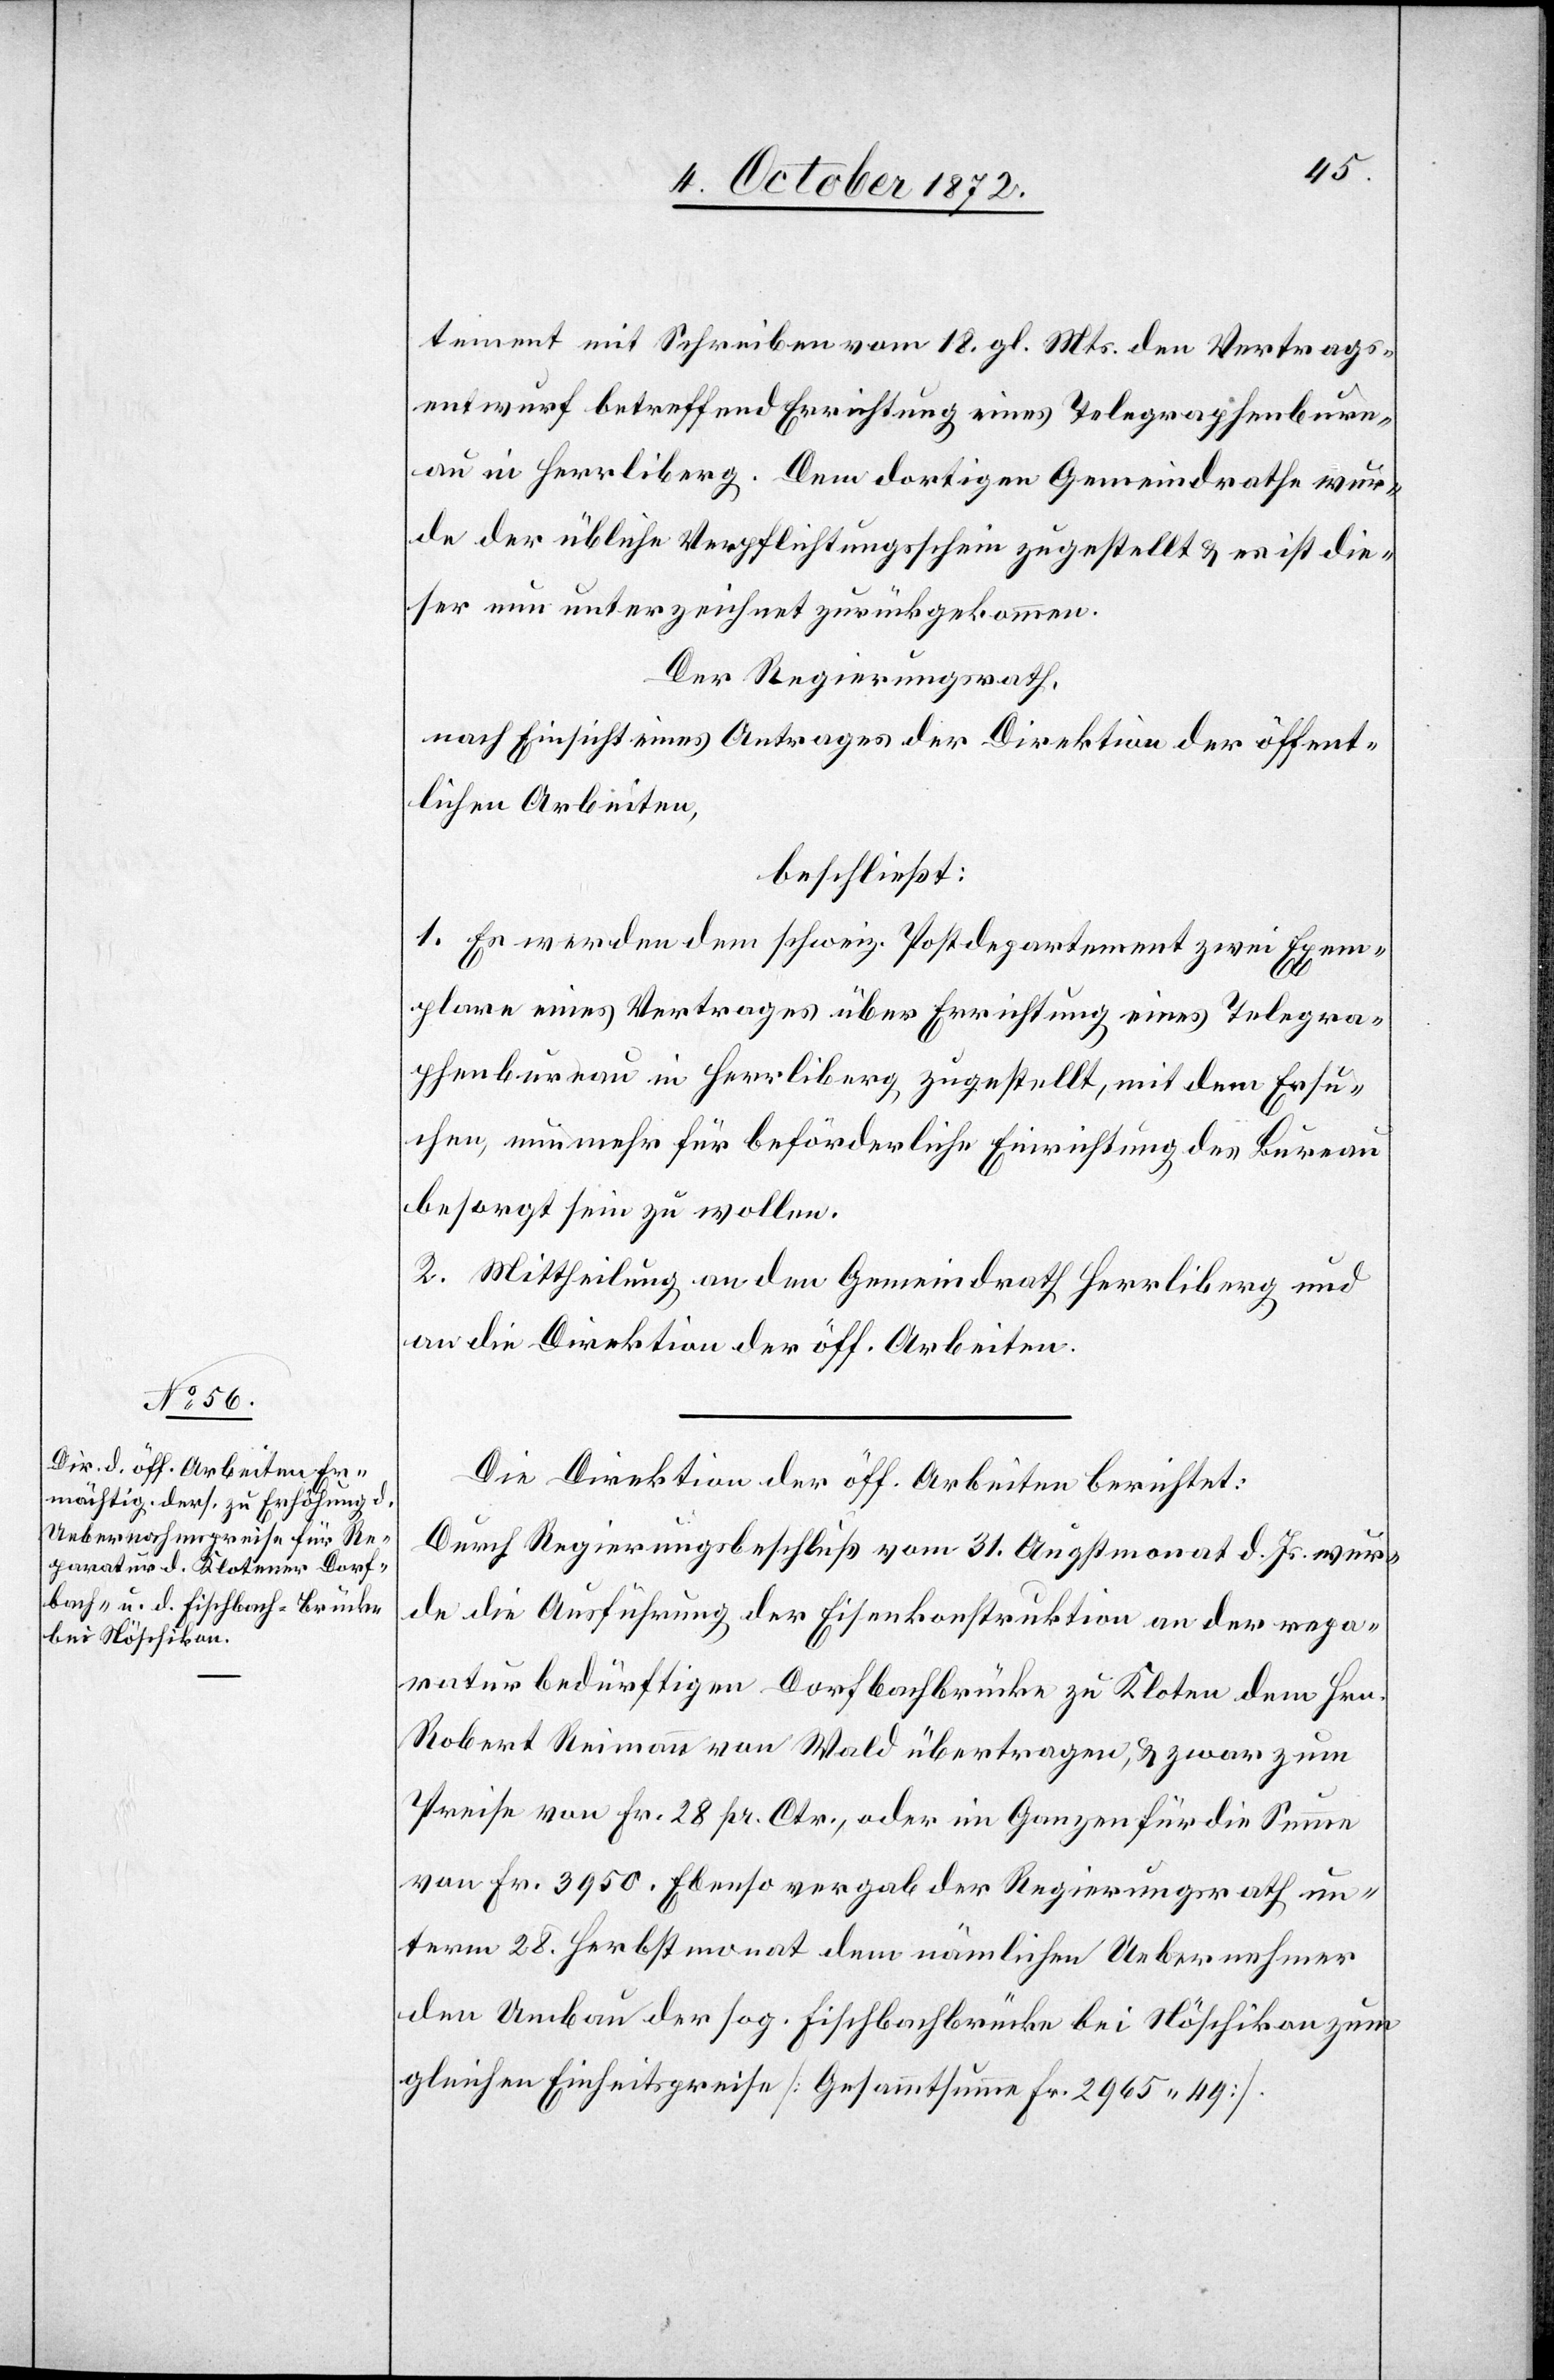
10. October 1872.]
tement mit Schreiben vom 18. gl. Mts. den Vertrags¬
entwurf betreffend Errichtung eines Telegraphenbure¬
au in Herrliberg. Dem dortigen Gemeindrathe wur¬
de der übliche Verpflichtungsschein zugestellt u. es ist die¬
ser nun unterzeichnet zurückgekommen.
Der Regierungsrath,
nach Einsicht eines Antrages der Direktion der öffent¬
lichen Arbeiten,
beschließt:
1. Es werden dem schweiz. Postdepartement zwei Exem¬
plare eines Vertrages über Errichtung eines Telegra¬
phenbureau in Herrliberg zugestellt, mit dem Ersu¬
chen, nunmehr für beförderliche Einrichtung des Bureau
besorgt sein zu wollen.
2. Mittheilung an den Gemeindrath Herrliberg und
an die Direktion der öff. Arbeiten.
Die Direktion der öff. Arbeiten berichtet:
Durch Regierungsbeschluß vom 31. Augstmonat d. Js. wur¬
de die Ausführung der Eisenkonstruktion an der repa¬
raturbedürftigen Dorfbachbrücke zu Kloten dem Hrn.
Robert Reimann von Wald übertragen, u. zwar zum
Preise von Fr. 28 pr. Ctr., oder im Ganzen für die Summe
von Fr. 3950. Ebenso vergab der Regierungsrath un¬
term 28. Herbstmonat dem nämlichen Uebernehmer
den Umbau der sog. Fischbachbrücke bei Nöschikon zum
gleichen Einheitspreise [Gesammtsumme Fr. 2965 49].